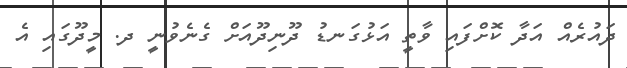
ދައުރެއް އަދާ ކޮށްފައި ވާތީ އަޅުގަނޑު ދޫނިދޫއަށް ގެނެވުނީ ދ. މީދޫގައި އެ